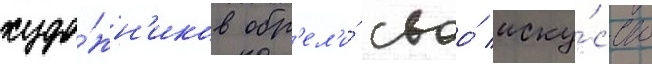
худо́жн'иков обр'ел'и́ своо́ иску́сство